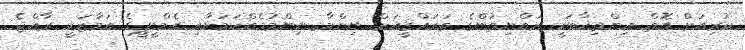
ކުރިއަށް އޮތް އިންތިޚާބަކީ ރައްޔިތުންގެ ތަރައްޤީއަށް ނިންމާ ނިންމުމެއްކަމަށާއި އެމްޑީޕީގެ އަމާޒަކީ ރާއްޖެ